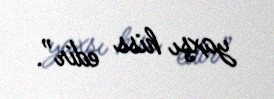
yaxşı hiss edir”.